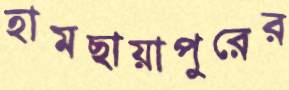
হামছায়াপুরের